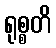
ရုစ္စတိ